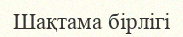
Шақтама бірлігі